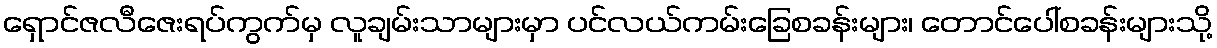
ရှောင်ဇလီဇေးရပ်ကွက်မှ လူချမ်းသာများမှာ ပင်လယ်ကမ်းခြေစခန်းများ၊ တောင်ပေါ်စခန်းများသို့